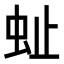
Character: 𧉀